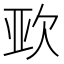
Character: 𭭈